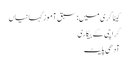
کیٹاگری میں : سبق آموز کہانیاں
کراچی کے بیکاری
آدھی پلیٹ